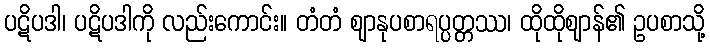
ပဋိပဒါ၊ ပဋိပဒါကို လည်းကောင်း။ တံတံ ဈာနုပစာရပ္ပတ္တဿ၊ ထိုထိုဈာန်၏ ဥပစာသို့